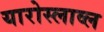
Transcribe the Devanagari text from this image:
यारोस्लाव्ल